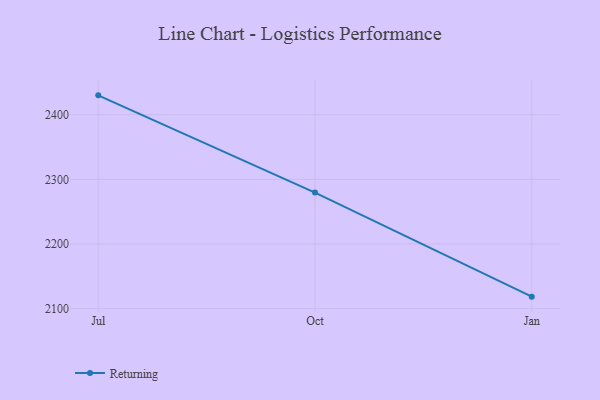
{"axis": {"x": "Month", "y": "Budget (USD K)"}, "legend": ["Returning"], "data": [{"x": "Jul", "y": 2430.0, "type": "Returning"}, {"x": "Oct", "y": 2279.5, "type": "Returning"}, {"x": "Jan", "y": 2118.5, "type": "Returning"}]}